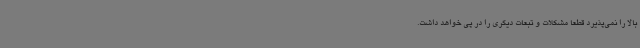
بالا را نمی‌پذیرد قطعاً مشکلات و تبعات دیگری را در پی خواهد داشت.